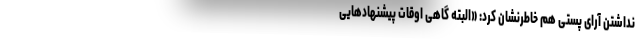
‌نداشتن آرای پستی هم خاطرنشان کرد: «البته گاهی اوقات پیشنهادهایی